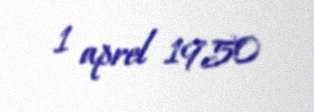
1 aprel 1950